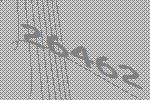
26462